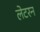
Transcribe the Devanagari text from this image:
लेटरन